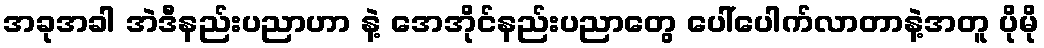
အခုအခါ အဲဒီနည်းပညာဟာ နဲ့ အေအိုင်နည်းပညာတွေ ပေါ်ပေါက်လာတာနဲ့အတူ ပိုမို